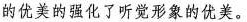
的优美的强化了听觉形象的优美。